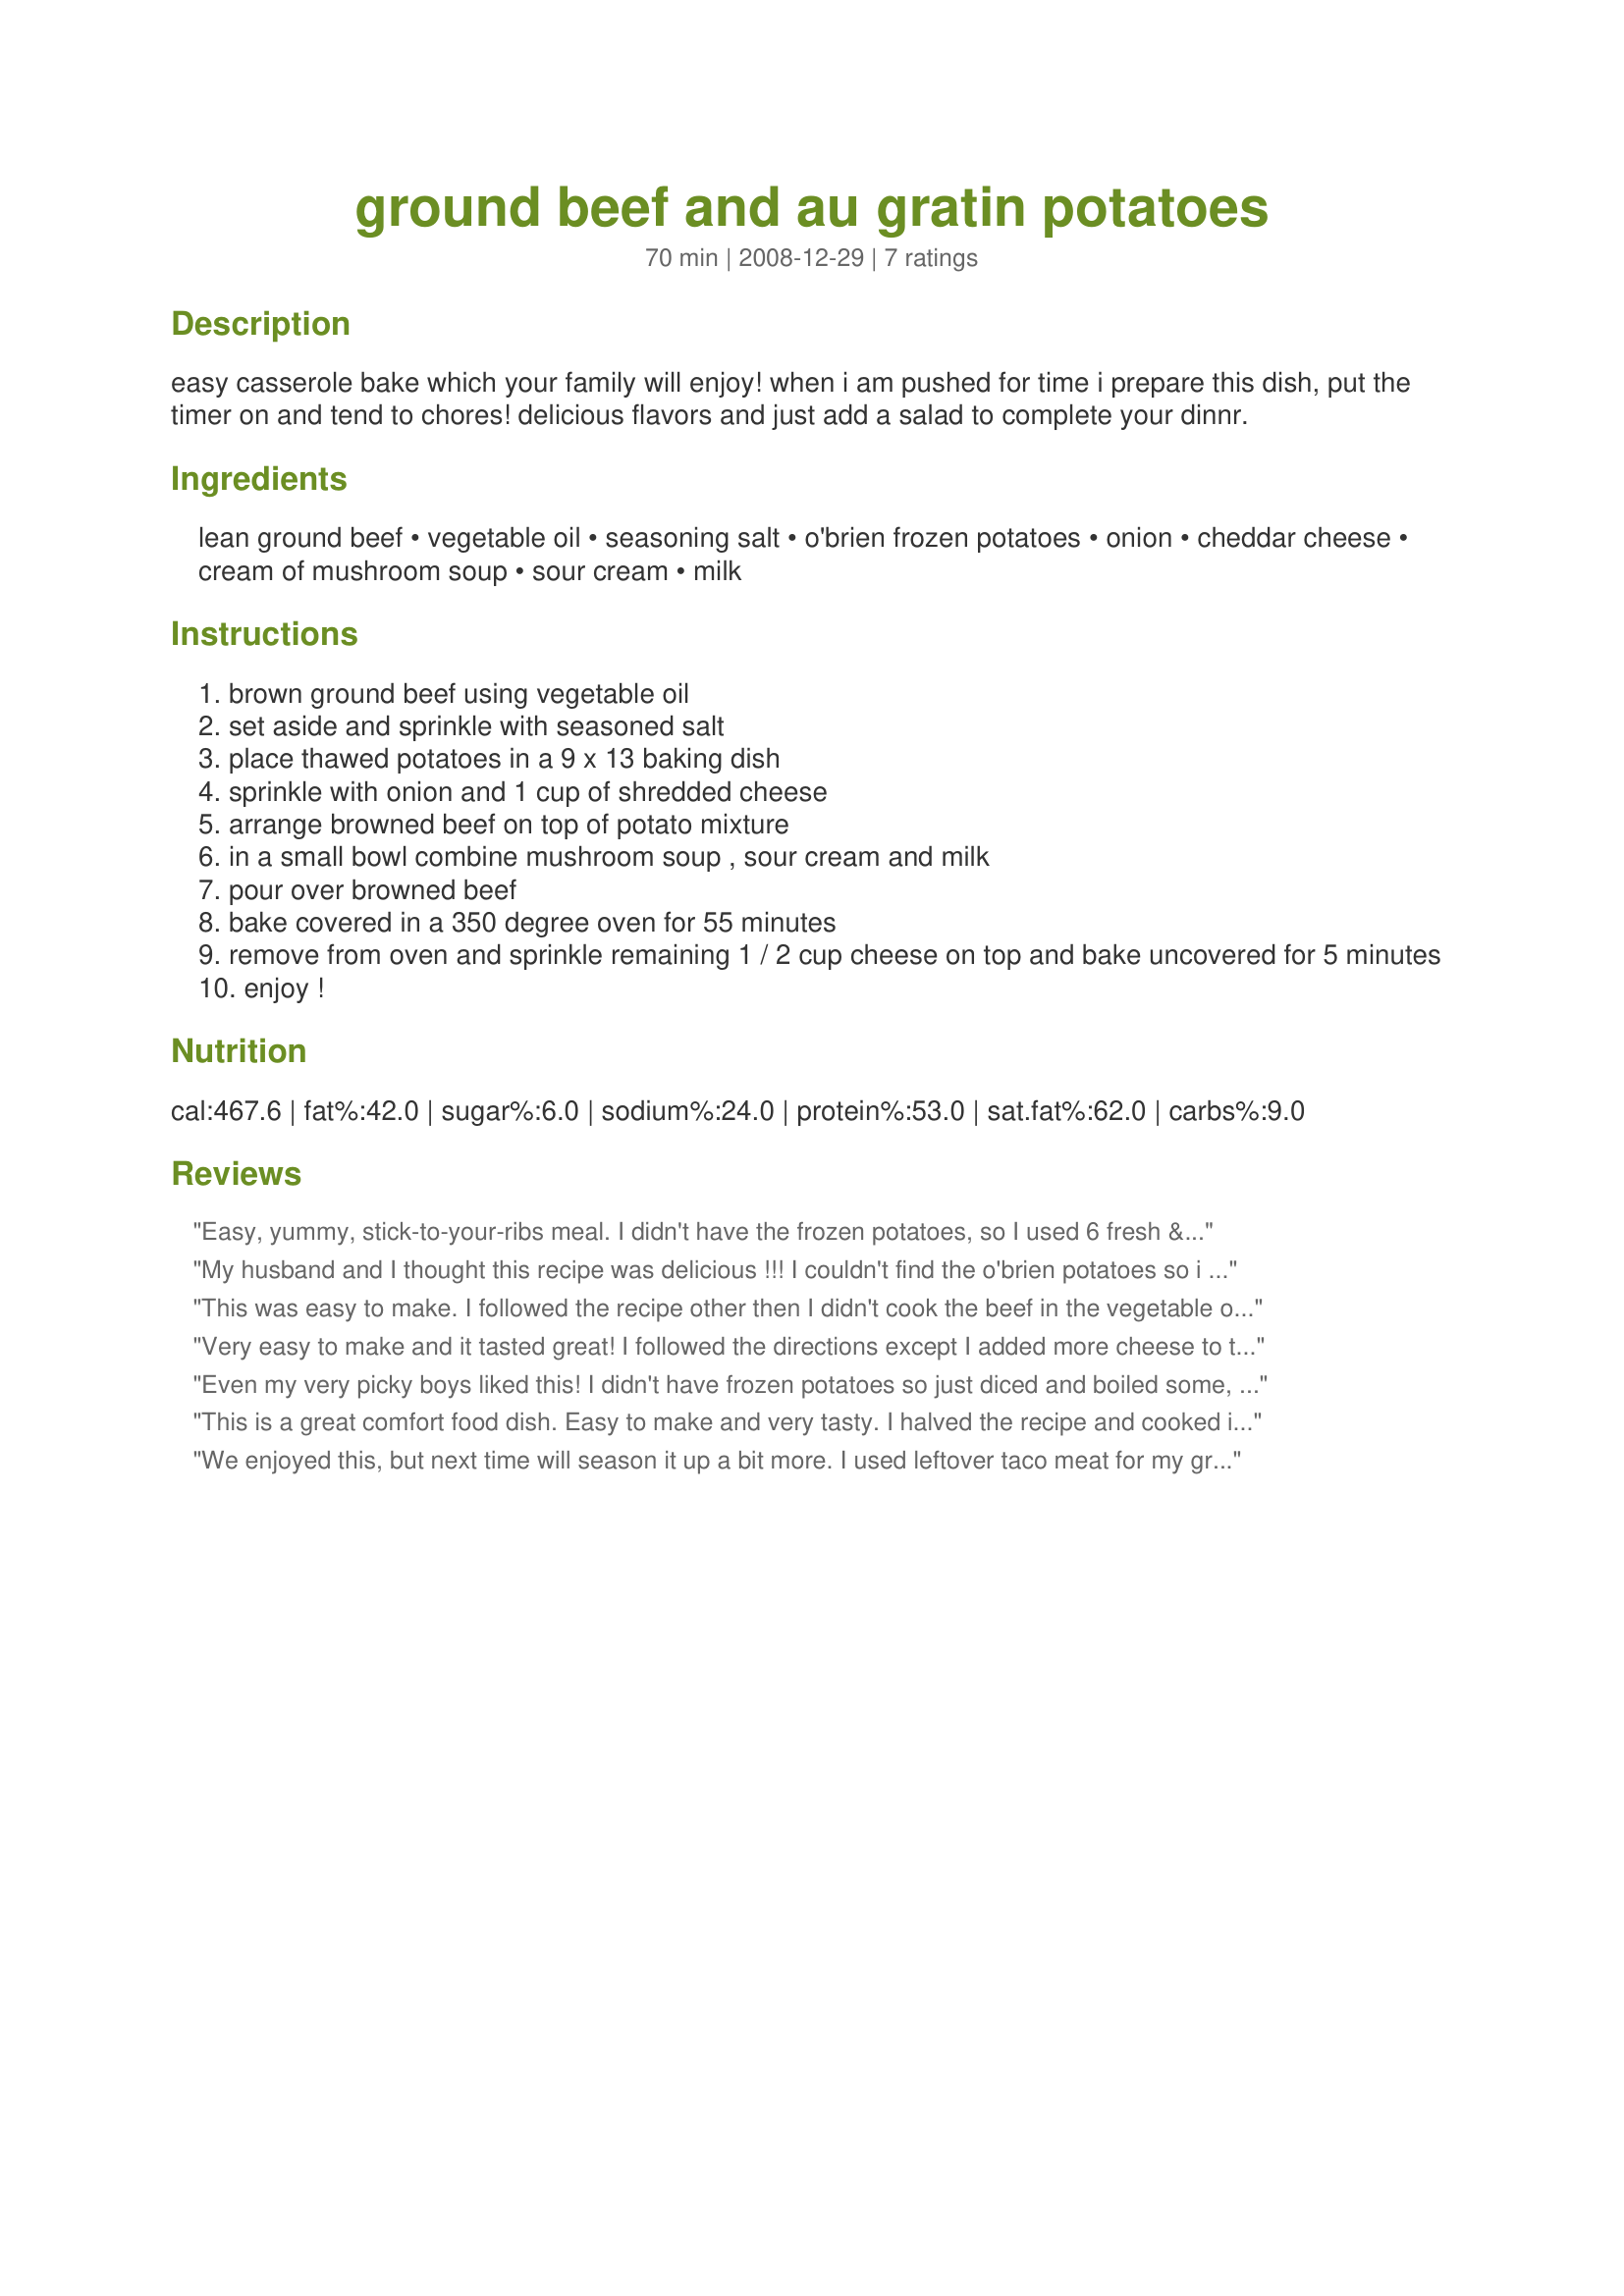
ground beef and au gratin potatoes
Preparation time: 70 minutes

easy casserole bake which your family will enjoy! when i am pushed for time i prepare this dish, put the timer on and tend to chores! delicious flavors and just add a salad to complete your dinnr.

Ingredients:
lean ground beef, vegetable oil, seasoning salt, o'brien frozen potatoes, onion, cheddar cheese, cream of mushroom soup, sour cream, milk

Steps:
brown ground beef using vegetable oil
set aside and sprinkle with seasoned salt
place thawed potatoes in a 9 x 13 baking dish
sprinkle with onion and 1 cup of shredded cheese
arrange browned beef on top of potato mixture
in a small bowl combine mushroom soup , sour cream and milk
pour over browned beef
bake covered in a 350 degree oven for 55 minutes
remove from oven and sprinkle remaining 1 / 2 cup cheese on top and bake uncovered for 5 minutes
enjoy !

Reviews:
Easy, yummy, stick-to-your-ribs meal. I didn't have the frozen potatoes, so I used 6 fresh & baked them in the microwave while I browned the meat. I will use less salt next time and add a little more milk to the soup mixture for a creamier texture.
My husband and I thought this recipe was delicious !!! I couldn't find the o'brien potatoes so i added onions and green peppers to plain cubed hash browns. It turned out great just need more salt for our tastes. Thank you !!!
This was easy to make. I followed the recipe other then I didn't cook the beef in the vegetable oil. Also my bag of obrien potatoes was 28 ounces. I did cook my potatoes on the stove to cut down on the oven cooking time. I used Recipe #39369 instead of the canned soup. We did think this needed a lot more seasoning. I did add a good bit of pepper and salt. Nice, easy weeknight meal.
Very easy to make and it tasted great! I followed the directions except I added more cheese to the top at the end and it got rave reviews!
Even my very picky boys liked this! I didn't have frozen potatoes so just diced and boiled some, they were a little bland so I think next time I will add some garlic salt. I also added some sauteed mushrooms to the beef, will definently put more of those in next time!!!! Definently a keeper!!
This is a great comfort food dish. Easy to make and very tasty. I halved the recipe and cooked it in an 8 x 8 baking dish. The O'Brien potatoes I purchased had chopped onions and peppers in them so I omitted the chopped onion listed in the recipe. Although I halved the recipe I still used almost a pound of ground beef. All the ingredients worked well together. I especially liked the cream of mushroom soup/sour cream mixture. Went together quickly and I soon had a filling and delicious dish on the table. Made for May 2010 Aus/NZ Swap.
We enjoyed this, but next time will season it up a bit more. I used leftover taco meat for my ground beef but it still needed a bit more for our tastes.<br/>Voted it a Keeper!
